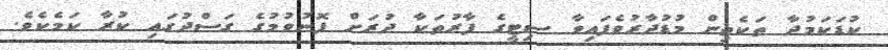
ކުޑަކަމުދާ ތަކެތިން މުޑުދާރުވެފައިވާ ސިޓީގެ ފާރުތަކާ ދުރަށް ފޮނުވުމުގެ ގަސްދުގައި ކުރާ ކަމެކެވެ.